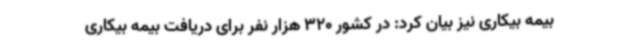
بیمه بیکاری نیز بیان کرد: در کشور 320 هزار نفر برای دریافت بیمه بیکاری